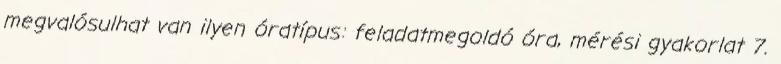
megvalósulhat van ilyen óratípus: feladatmegoldó óra, mérési gyakorlat 7.